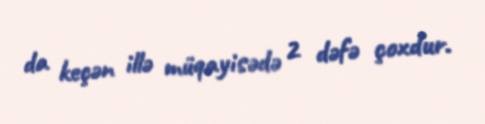
da keçən illə müqayisədə 2 dəfə çoxdur.